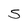
Character: 5